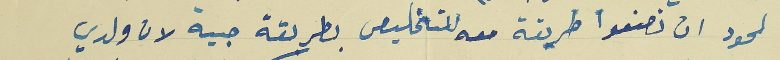
لحود ان تصنعوا طريقة معه للتخليص بطريقة حبية لان ولدي